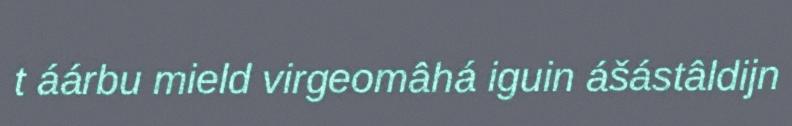
t áárbu mield virgeomâhá iguin ášástâldijn